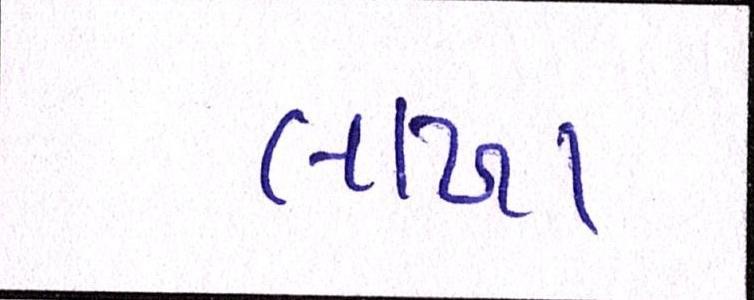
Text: લાખા